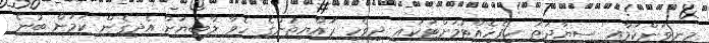
މިނިވަންކަމާއި ސިޔާދަތު ހިފެހެއްޓުމަށްޓަކައި ދިވެހި ރައްޔިތުންގެ ހެވާ ލާބަޔަށް އެދިގެން ކަމަށް ބުނެ